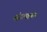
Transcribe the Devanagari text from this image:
मोडल्यागत